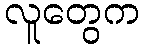
လူတွေက